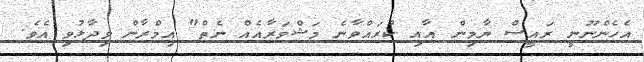
އެހެންނޫނީ ރައީސް ޔާމިން އާއި ކުރައްވާނެ މަޝްވަރާއެއް ނެތް" އިމްރާން ވިދާޅުވި އެވެ.